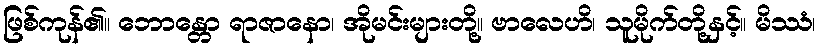
ဖြစ်ကုန်၏။ ဘောန္တော ရာဇာနော၊ အိုမင်းများတို့။ ဗာလေဟိ၊ သူမိုက်တို့နှင့်။ မိဿံ၊